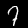
Label: 7